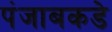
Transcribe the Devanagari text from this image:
पंजाबकडे